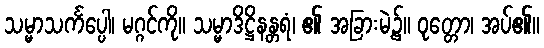
သမ္မာသင်္ကပ္ပေါ၊ မဂ္ဂင်ကို။ သမ္မာဒိဋ္ဌိနန္တရံ၊ ၏ အခြားမဲ့၌။ ဝုတ္တော၊ အပ်၏။